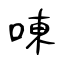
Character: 㖦